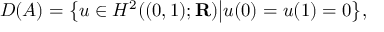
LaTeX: D ( A ) = { \big \{ } u \in H ^ { 2 } ( ( 0 , 1 ) ; \mathbf { R } ) { \big | } u ( 0 ) = u ( 1 ) = 0 { \big \} } ,